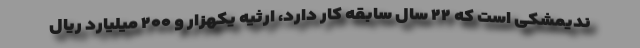
ندیمشکی است که ۲۲ سال سابقه کار دارد، ارثیه یکهزار و ۲۰۰ میلیارد ریال